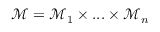
\mathcal { M } = \mathcal { M } _ { 1 } \times . . . \times \mathcal { M } _ { n }